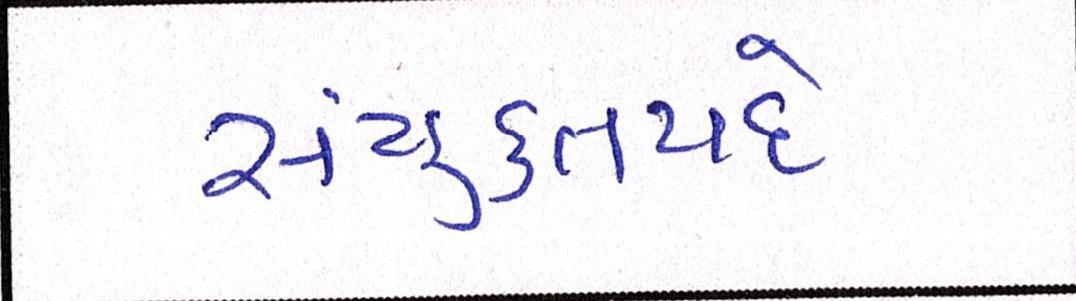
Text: સંયુક્તપદે